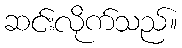
ဆင်းလိုက်သည်။